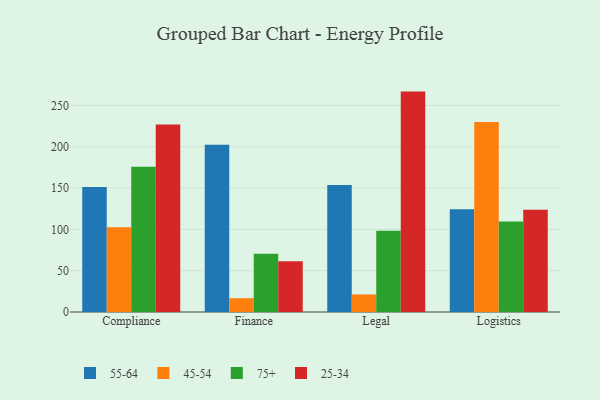
{"axis": {"x": "Department", "y": "Page Views"}, "legend": ["25-34", "45-54", "55-64", "75+"], "data": [{"x": "Compliance", "y": 151.2, "type": "55-64"}, {"x": "Compliance", "y": 102.7, "type": "45-54"}, {"x": "Compliance", "y": 175.7, "type": "75+"}, {"x": "Compliance", "y": 227.0, "type": "25-34"}, {"x": "Finance", "y": 202.4, "type": "55-64"}, {"x": "Finance", "y": 16.7, "type": "45-54"}, {"x": "Finance", "y": 70.6, "type": "75+"}, {"x": "Finance", "y": 61.5, "type": "25-34"}, {"x": "Legal", "y": 153.7, "type": "55-64"}, {"x": "Legal", "y": 21.2, "type": "45-54"}, {"x": "Legal", "y": 98.2, "type": "75+"}, {"x": "Legal", "y": 266.7, "type": "25-34"}, {"x": "Logistics", "y": 124.2, "type": "55-64"}, {"x": "Logistics", "y": 229.8, "type": "45-54"}, {"x": "Logistics", "y": 109.4, "type": "75+"}, {"x": "Logistics", "y": 123.7, "type": "25-34"}]}